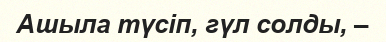
Ашыла түсіп, гүл солды, –